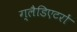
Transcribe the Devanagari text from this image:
ग्लैडिएटरों